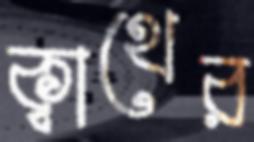
ক্বাথের